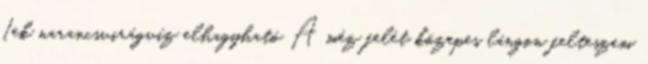
1ek narancsvirágvíz elhagyható A méz felét közepes lángon felteszem